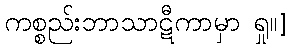
ကစ္စည်းဘာသာဋီကာမှာ ရှု။]